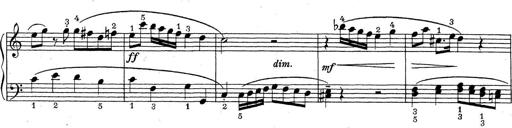
Title: ÄŒeskÃ© Sonatiny
Composer: Various